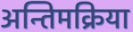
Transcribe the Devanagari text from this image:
अन्तिमक्रिया